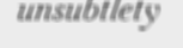
unsubtlety